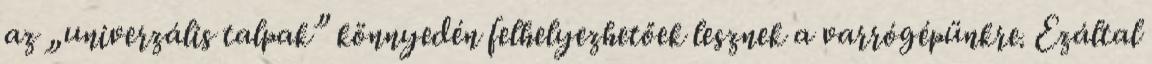
az „univerzális talpak” könnyedén felhelyezhetőek lesznek a varrógépünkre. Ezáltal